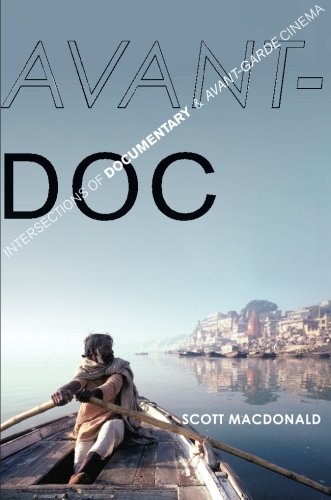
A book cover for Avant-Doc: Intersections of Documentary and Avant-Garde Cinema; Scott MacDonald; Humor & Entertainment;